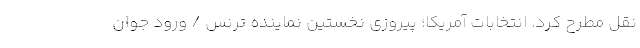
نقل مطرح کرد. انتخابات آمریکا؛ پیروزی نخستین نماینده ترنس / ورود جوان